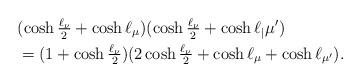
LaTeX: \begin{align*}&(\cosh\tfrac{\ell_\nu}{2}+\cosh\ell_\mu)(\cosh\tfrac{\ell_\nu}{2}+\cosh\ell_|{\mu'})\\&=(1+\cosh\tfrac{\ell_\nu}{2})(2\cosh\tfrac{\ell_\nu}{2}+\cosh\ell_\mu+\cosh\ell_{\mu'}).\end{align*}